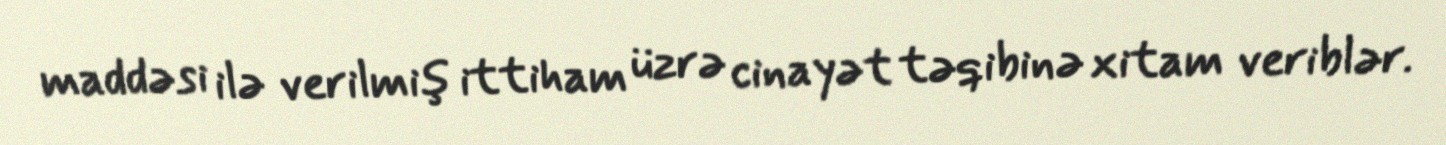
maddəsi ilə verilmiş ittiham üzrə cinayət təqibinə xitam veriblər.